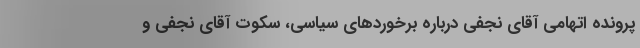
پرونده اتهامی آقای نجفی درباره برخورد‌های سیاسی، سکوت آقای نجفی و